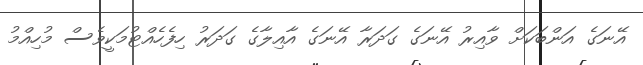
އޭނަގެ އަންބަކަށް ވާއިރު އޭނަގެ ގަދަރާ އޭނަގެ އާއިލާގެ ގަދަރު ހިފެހެއްޓުމަކީވެސް މުހިއްމު